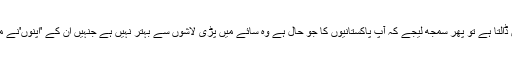
کہتے ہیں کہ اپنا تو مار کر بھی سائے میں ڈالتا ہے تو پھر سمجھ لیجے کہ آپ پاکستانیوں کا جو حال ہے وہ سائے میں پڑی لاشوں سے بہتر نہیں ہے جنہیں اُن کے 'اپنوں'نے مار کر بہت محبت سے سائے میں ڈالا ہے۔